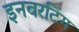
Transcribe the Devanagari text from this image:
इनवरटिंग